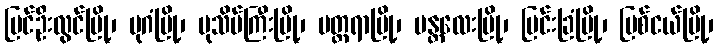
ပြင်ဦးလွင်မြို့၊ ပုဂံမြို့၊ ပုသိမ်ကြီးမြို့၊ မတ္တရာမြို့၊ မန္တလေးမြို့၊ မြင်းခြံမြို့၊ မြစ်ငယ်မြို့၊